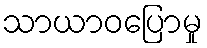
သာယာဝပြောမှု